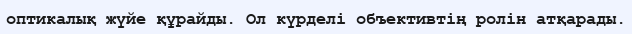
оптикалық жүйе құрайды. Ол күрделі объективтің ролін атқарады.